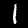
Label: 1